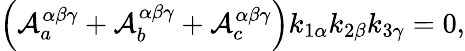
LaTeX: \left({\cal A}_{a}^{\alpha\beta\gamma}+{\cal A}_{b}^{\alpha\beta\gamma}+{\cal A}_{c}^{\alpha\beta\gamma}\right)k_{1\alpha}k_{2\beta}k_{3\gamma}=0,